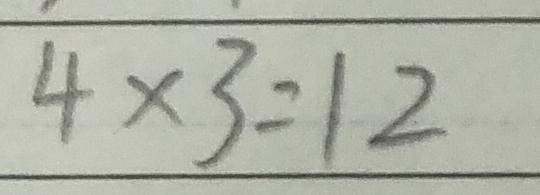
4 \times 3 = 1 2